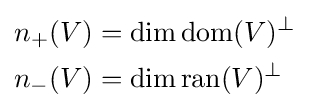
{\begin{aligned}n_{+}(V)&=\dim \operatorname {dom} (V)^{\perp }\\n_{-}(V)&=\dim \operatorname {ran} (V)^{\perp }\end{aligned}}